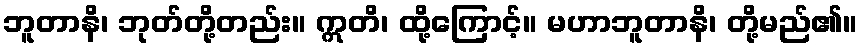
ဘူတာနိ၊ ဘုတ်တို့တည်း။ ဣတိ၊ ထို့ကြောင့်။ မဟာဘူတာနိ၊ တို့မည်၏။